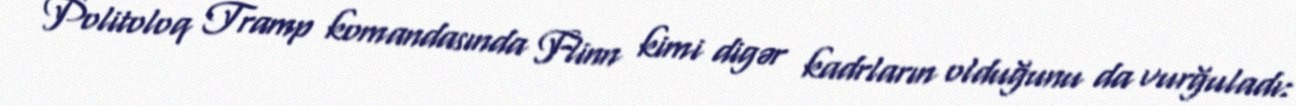
Politoloq Tramp komandasında Flinn kimi digər kadrların olduğunu da vurğuladı: